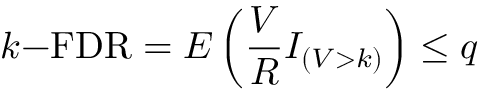
k { \mathrm { - F D R } } = E \left( { \frac { V } { R } } I _ { ( V > k ) } \right) \leq q